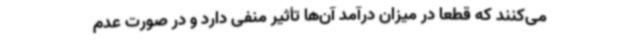
می‌کنند که قطعاً در میزان درآمد آن‌ها تأثیر منفی دارد و در صورت عدم